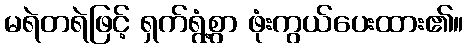
မရဲတရဲဖြင့် ရှက်ရွံ့စွာ ဖုံးကွယ်ပေးထား၏။